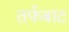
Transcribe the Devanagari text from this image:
तर्फबाट